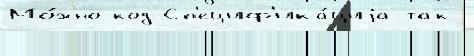
Мо́жно код Сп'ециф'ика́циjа так